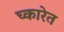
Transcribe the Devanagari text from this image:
च्कारेत